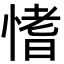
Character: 愭